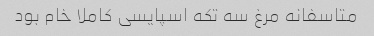
متاسفانه مرغ سه تکه اسپایسی کاملا خام بود